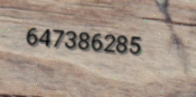
647386285